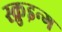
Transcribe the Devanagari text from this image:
स्क्रुइन्ग